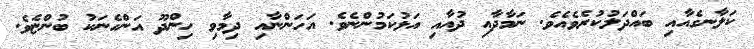
ކަލާނގެއާއި ބައްދަލުކުރެވެއެވެ. ނަމާދާއި ދުއާއި އަޅުކަމުންނެވެ. އަހަންނާއި ދިމާވި ހިންދޫ އަންހެނަކު ބުންޏެވެ.